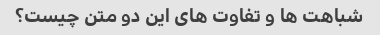
شباهت ها و تفاوت های این دو متن چیست؟